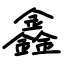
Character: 鑫